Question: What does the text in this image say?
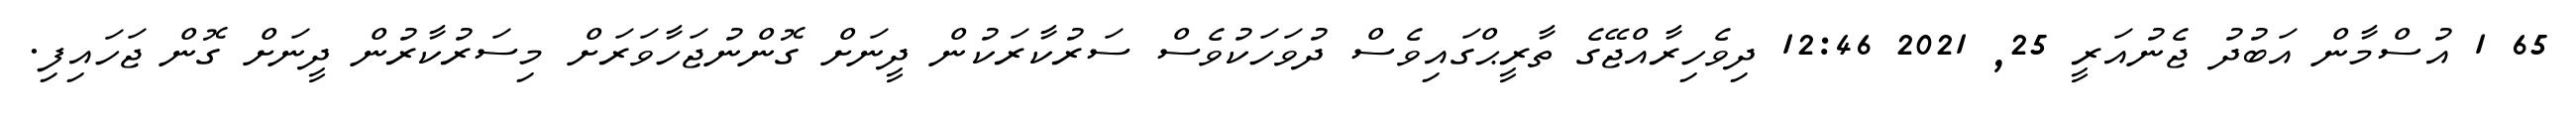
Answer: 65 1 އުސްމާން އަބުދު ޖެނުއަރީ 25, 2021 12:46 ދިވެހިރާއްޖޭގެ ތާރީޙްގައިވެސް ދުވަހަކުވެސް ސަރުކާރަކުން ދީނަށް ގޮންނުޖަހާވަރަށް މިސަރުކާރުން ދީނަށް ގޮން ޖަހައިފި.